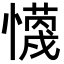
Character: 𭟈